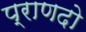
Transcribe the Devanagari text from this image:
प्राणदो